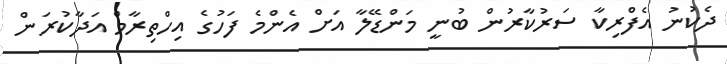
ދެކުނު އެފްރިކާ ސަރުކާރުން ބުނީ މަންޑޭލާ އަށް އެންމެ ފަހުގެ އިހްތިރާމް އަދާކުރަން